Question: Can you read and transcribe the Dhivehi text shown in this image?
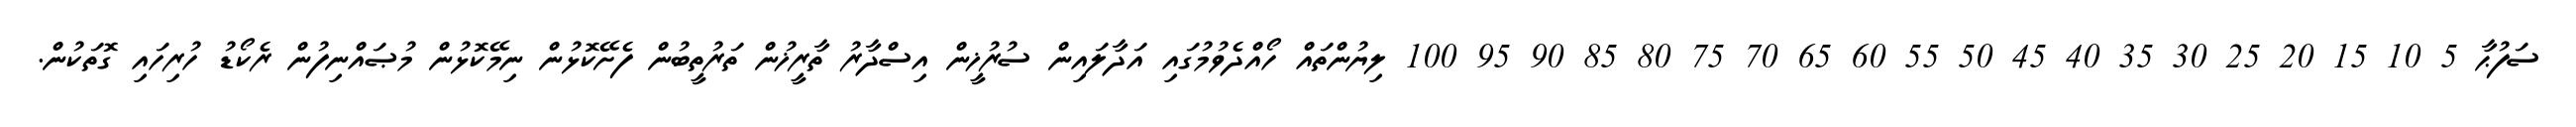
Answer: ސަފުޙާ 5 10 15 20 25 30 35 40 45 50 55 60 65 70 75 80 85 90 95 100 ލިޔުންތައް ހޯއްދެވުމުގައި އަދާލައިން ސުރުޚީން އިސްދާރު ތާރީޚުން ތަރުތީބުން ފެށޭކޮޅުން ނިމޭކޮޅުން މުޞައްނިފުން ރެކޯޑު ހުރިހައި ގޮތަކުން.